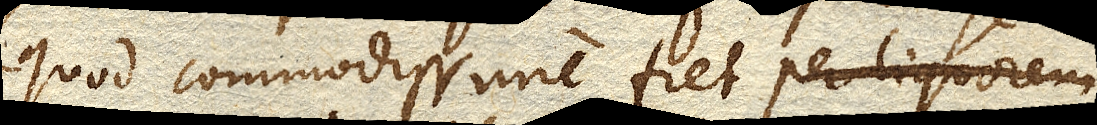
quod commodissime fiet per liquorem